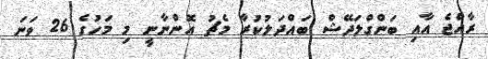
ރާއްޖެ އާއި ބަންގްލަދޭޝް ބައްދަލުކުރާ މެޗު އޮންނާނީ މި މަހުގެ 26 ވަނަ